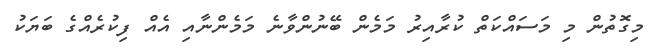
މިގޮތުން މި މަސައްކަތް ކުރާއިރު މަމެން ބޭނުންވާނެ މަމެންނާއި އެއް ފިކުރެއްގެ ބަޔަކު